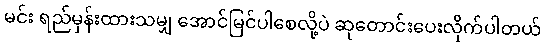
မင်း ရည်မှန်းထားသမျှ အောင်မြင်ပါစေလို့ပဲ ဆုတောင်းပေးလိုက်ပါတယ်